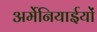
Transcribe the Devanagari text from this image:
अर्मेनियाईयों